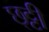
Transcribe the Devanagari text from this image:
छ्ट्टी